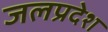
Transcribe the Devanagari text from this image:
जलप्रदेश